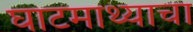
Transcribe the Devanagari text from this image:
घाटमाथ्याचा